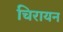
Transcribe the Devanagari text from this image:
चिरायन